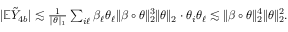
\begin{array} { r } { | \mathbb { E } \tilde { Y } _ { 4 b } | \lesssim \frac { 1 } { \| \theta \| _ { 1 } } \sum _ { i \ell } \beta _ { \ell } \theta _ { \ell } \| \beta \circ \theta \| _ { 2 } ^ { 3 } \| \theta \| _ { 2 } \cdot \theta _ { i } \theta _ { \ell } \lesssim \| \beta \circ \theta \| _ { 2 } ^ { 4 } \| \theta \| _ { 2 } ^ { 2 } . } \end{array}